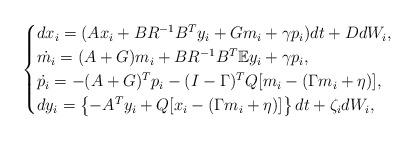
LaTeX: \begin{align*} \begin{cases}dx_i =( Ax_i +BR^{-1}B^Ty_i +G m_i+\gamma p_i) dt +D dW_i,\\ \dot{ m_i} = (A + G) m_i +BR^{-1} B^T {\mathbb E} y_i +\gamma p_i,\\ \dot{ p_i} = -(A+G)^T p_i -(I-\Gamma)^T Q [m_i- (\Gamma m_i+\eta)] ,\\dy_i=\left\{-A^T y_i +Q[x_i-(\Gamma m_i+\eta)]\right\} dt +\zeta_i dW_i,\end{cases}\end{align*}